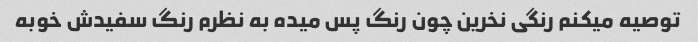
توصیه میکنم رنگی نخرین چون رنگ پس میده به نظرم رنگ سفیدش خوبه